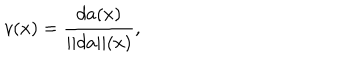
LaTeX: v ( x ) = { \frac { d a ( x ) } { | | d a | | ( x ) } } ,